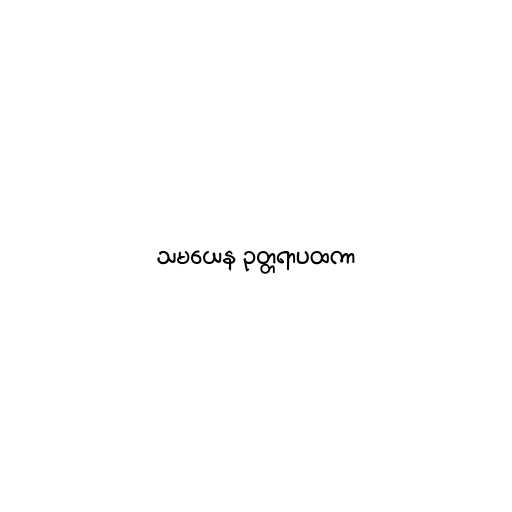
သမယေန ဥတ္တရာပထကာ